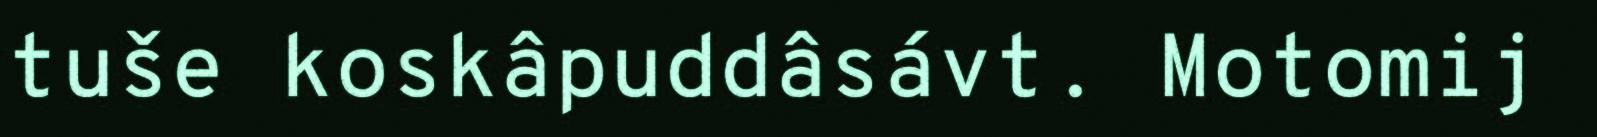
tuše koskâpuddâsávt. Motomij